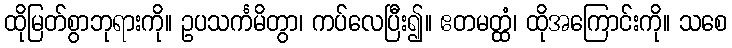
ထိုမြတ်စွာဘုရားကို။ ဥပသင်္ကမိတွာ၊ ကပ်လေပြီး၍။ ဧတမတ္ထံ၊ ထိုအကြောင်းကို။ သစေ